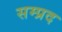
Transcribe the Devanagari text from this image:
सम्प्रद